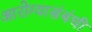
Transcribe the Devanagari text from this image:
आरोग्यासंबंधी